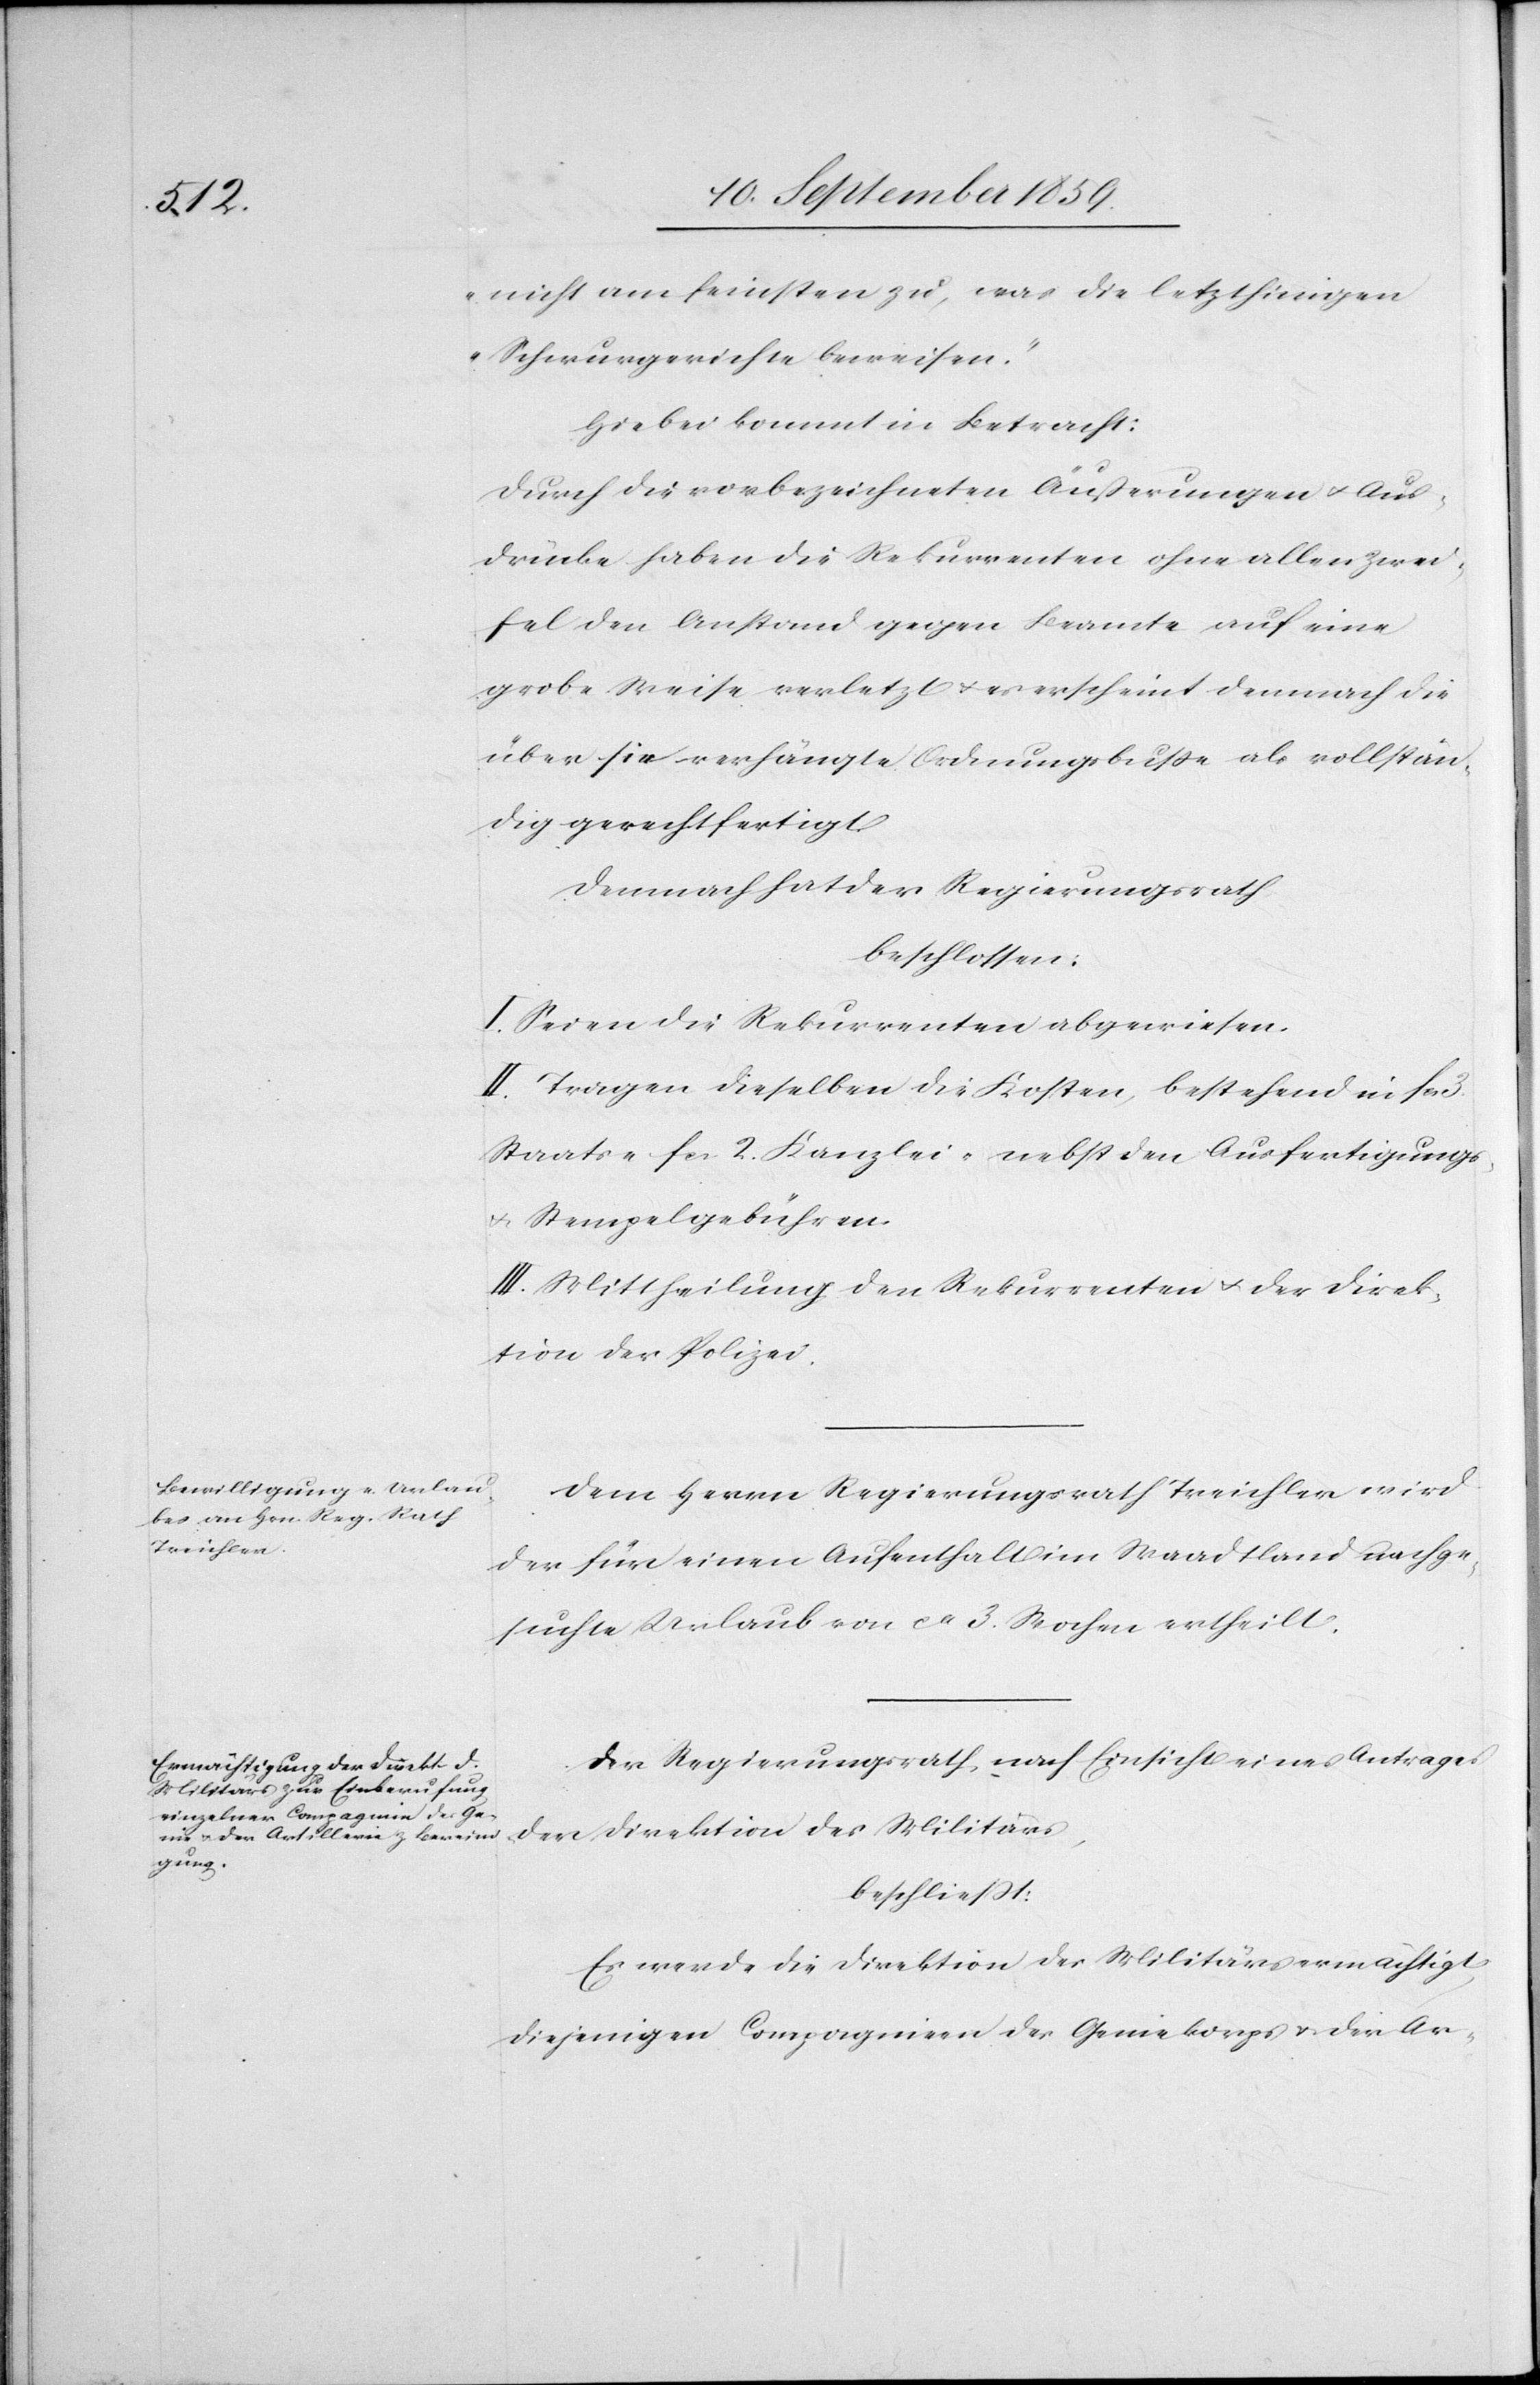
nicht am feinsten zu, was die letzthinigen
Schwurgerichte beweisen.“
Hiebei kommt in Betracht:
Durch die vorbezeichneten Äußerungen & Aus¬
drücke haben die Rekurrenten ohne allen Zwei¬
fel den Anstand gegen Beamte auf eine
grobe Weise verletzt & es erscheint demnach die
über sie verhängte Ordnungsbuße als vollstän¬
dig gerechtfertigt.
Demnach hat der Regierungsrath
beschlossen:
I. Sei an die Rekurrenten abgewiesen.
II. Tragen dieselben die Kosten, bestehend in fcs.
Staats- fcs. 2. Kanzlei- nebst den Ausfertigungs-
& Stempelgebühren.
III. Mittheilung den Rekurrenten & der Direk¬
tion der Polizei.
Dem Herrn Regierungsrath Treichler wird
der für einen Aufenthalt im Waadtland nachge¬
suchte Urlaub von ca. Wochen ertheilt.
Der Regierungsrath nach Einsicht eines Antrages
der Direktion des Militärs,
beschließt:
Es werde die Direktion des Militärs ermächtigt
diejenigen Compagnien des Geniekorps & der Ar-